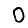
Digit: 0